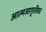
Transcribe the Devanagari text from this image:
आत्मजागृतीवर